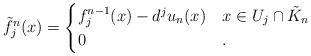
LaTeX: \begin{align*}\tilde{f}^n_j(x) = \begin{cases}f^{n-1}_j(x) - d^j u_n(x) & x\in U_j \cap \tilde{K}_n\\0 & .\end{cases}\end{align*}